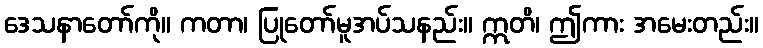
ဒေသနာတော်ကို။ ကတာ၊ ပြုတော်မူအပ်သနည်း။ ဣတိ၊ ဤကား အမေးတည်း။